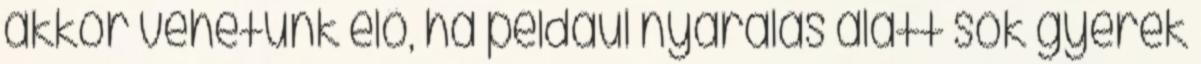
akkor vehetünk elő, ha például nyaralás alatt sok gyerek